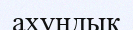
ахундық